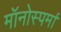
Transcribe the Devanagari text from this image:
मॉनोस्पर्मा